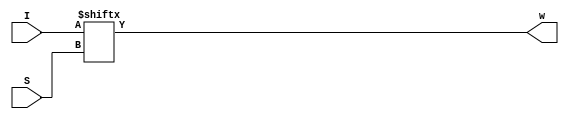
`timescale 1ns/1ns
module Mux8to1(input [7:0]I, input [2:0]S, output w);
	assign #(51,59) w = I[S];
endmodule